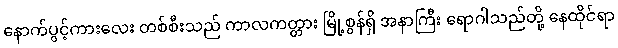
နောက်ပွင့်ကားလေး တစ်စီးသည် ကာလကတ္တား မြို့စွန်ရှိ အနာကြီး ရောဂါသည်တို့ နေထိုင်ရာ